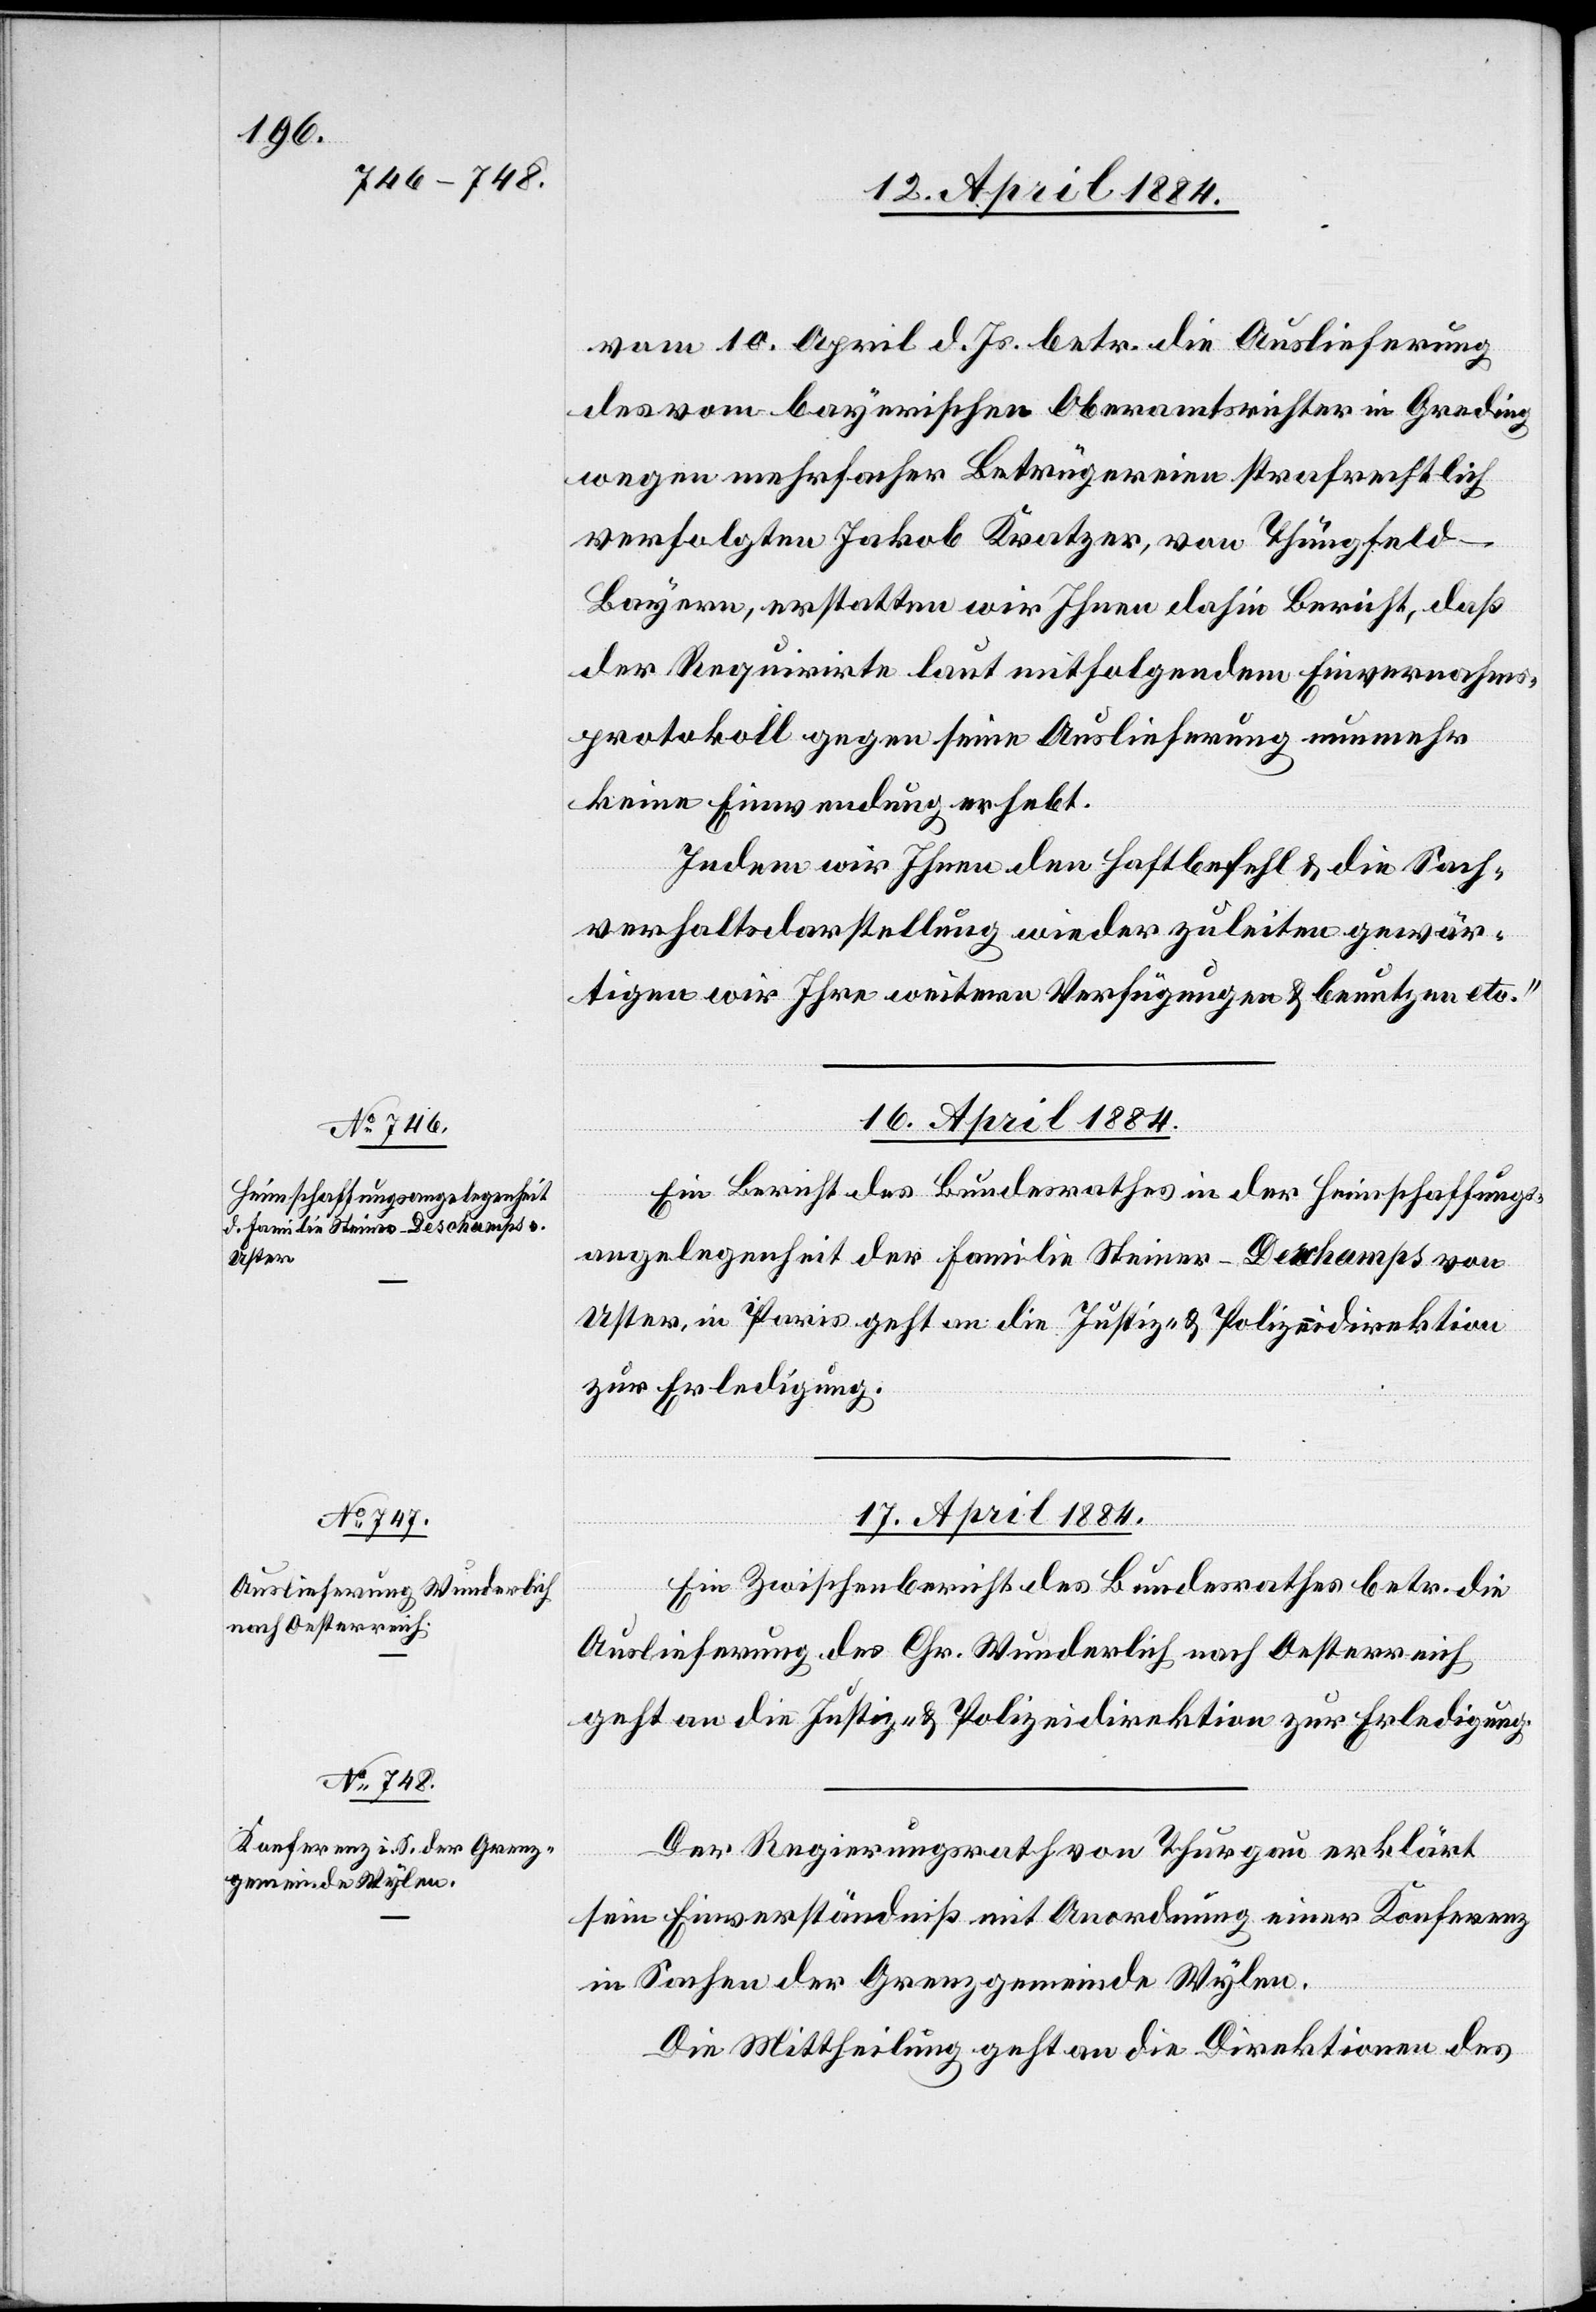
vom 10. April d. Js. betr. die Auslieferung
des vom bayerischen Oberamtsrichter in Greding
wegen mehrfacher Betrügereien strafrechtlich
verfolgten Jakob Kratzer, von Thüngfeld -
Bayern, erstatten wir Ihnen dahin Bericht, daß
der Requirirte laut mitfolgendem Einvernahms¬
protokoll gegen seine Auslieferung nunmehr
keine Einwendung erhebt.
Indem wir Ihnen den Haftbefehl & die Sach¬
verhaltsdarstellung wieder zuleiten gewär¬
tigen wir Ihre weiteren Verfügungen & benutzen etc.“
16. April 1884.
Ein Bericht des Bundesrathes in der Heimschaffungs¬
angelegenheit der Familie Steiner-Deschamps von
Uster, in Paris geht an die Justiz- & Polizeidirektion
zur Erledigung.
17. April 1884.]
Ein Zwischenbericht des Bundesrathes betr. die
Auslieferung des Chr. Wunderlich nach Oesterreich
geht an die Justiz- & Polizeidirektion zur Erledigung.
Der Regierungsrath von Thurgau erklärt
sein Einverständniß mit Anordnung einer Konferenz
in Sachen der Grenzgemeinde Wylen.
Die Mittheilung geht an die Direktionen des